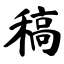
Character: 稿